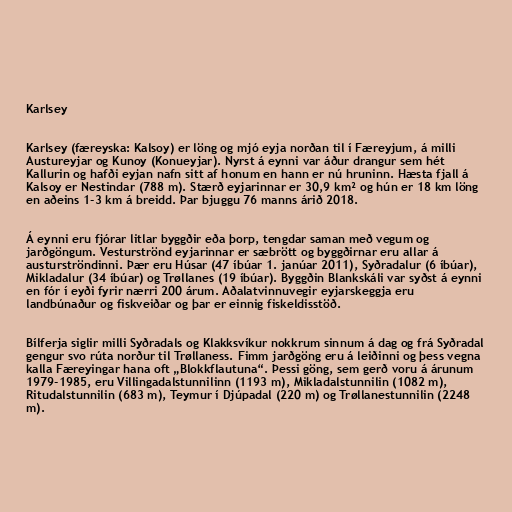
Karlsey

Karlsey (færeyska: Kalsoy) er löng og mjó eyja norðan til í Færeyjum, á milli
Austureyjar og Kunoy (Konueyjar). Nyrst á eynni var áður drangur sem hét
Kallurin og hafði eyjan nafn sitt af honum en hann er nú hruninn. Hæsta fjall á
Kalsoy er Nestindar (788 m). Stærð eyjarinnar er 30,9 km² og hún er 18 km löng
en aðeins 1-3 km á breidd. Þar bjuggu 76 manns árið 2018.

Á eynni eru fjórar litlar byggðir eða þorp, tengdar saman með vegum og
jarðgöngum. Vesturströnd eyjarinnar er sæbrött og byggðirnar eru allar á
austurströndinni. Þær eru Húsar (47 íbúar 1. janúar 2011), Syðradalur (6 íbúar),
Mikladalur (34 íbúar) og Trøllanes (19 íbúar). Byggðin Blankskáli var syðst á eynni
en fór í eyði fyrir nærri 200 árum. Aðalatvinnuvegir eyjarskeggja eru
landbúnaður og fiskveiðar og þar er einnig fiskeldisstöð.

Bílferja siglir milli Syðradals og Klakksvíkur nokkrum sinnum á dag og frá Syðradal
gengur svo rúta norður til Trøllaness. Fimm jarðgöng eru á leiðinni og þess vegna
kalla Færeyingar hana oft „Blokkflautuna“. Þessi göng, sem gerð voru á árunum
1979-1985, eru Villingadalstunnilinn (1193 m), Mikladalstunnilin (1082 m),
Ritudalstunnilin (683 m), Teymur í Djúpadal (220 m) og Trøllanestunnilin (2248
m).